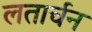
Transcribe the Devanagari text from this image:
लतार्चन